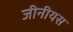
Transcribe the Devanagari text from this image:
जीनीयस